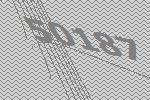
50187